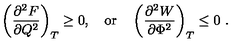
\left( { \frac { \partial ^ { 2 } F } { \partial Q ^ { 2 } } } \right) _ { T } \geq 0 , \quad \mathrm { o r } \quad \left( { \frac { \partial ^ { 2 } W } { \partial \Phi ^ { 2 } } } \right) _ { T } \leq 0 \ .